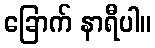
ခြောက် နာရီပါ။